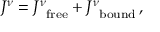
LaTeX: J ^ { \nu } = { J ^ { \nu } } _ { \mathrm { f r e e } } + { J ^ { \nu } } _ { \mathrm { b o u n d } } \, ,